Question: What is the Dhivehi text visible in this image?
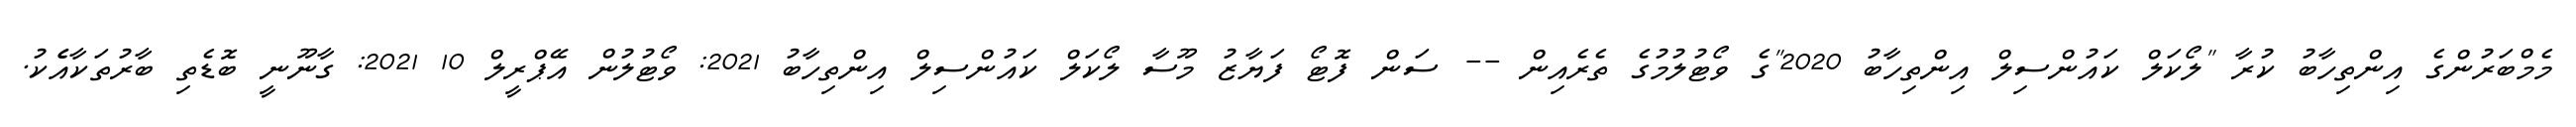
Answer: މެމްބަރުންގެ އިންތިހާބު ކުރާ "ލޯކަލް ކައުންސިލް އިންތިހާބު 2020"ގެ ވޯޓުލުމުގެ ތެރެއިން -- ސަން ފޮޓޯ ފަޔާޒު މޫސާ ލޯކަލް ކައުންސިލް އިންތިހާބު 2021: ވޯޓުލުން އޭޕްރީލް 10 2021: ގާނޫނީ ބޮޑެތި ބާރުތަކާއެެކު.